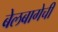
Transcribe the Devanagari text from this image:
बेलबागेची